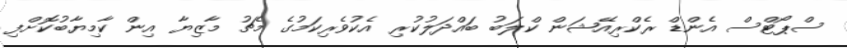
ސްޕޯޓްސް އެންޑް ރެކްރިއޭޝަން ކްލަބު ބައްދަލުކުރި އެކުވެރިކަމުގެ މެޗު މާޒިޔާ އިން ކާމިޔާބުކޮށްފި